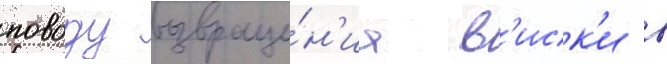
поводу возвраще́н'иа в'иск'и в